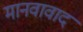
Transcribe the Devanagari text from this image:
मानवावाद